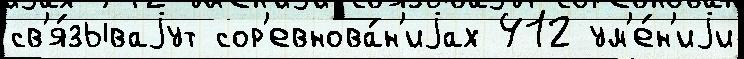
св'я́зываjут сор'евнова́н'иjах 412 ум'е́н'иjи